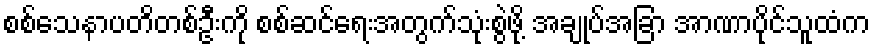
စစ်သေနာပတိတစ်ဦးကို စစ်ဆင်ရေးအတွက်သုံးစွဲဖို့ အချုပ်အခြာ အာဏာပိုင်သူထံက